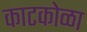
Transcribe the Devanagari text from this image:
काटकोळा